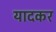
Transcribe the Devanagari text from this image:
यादकर